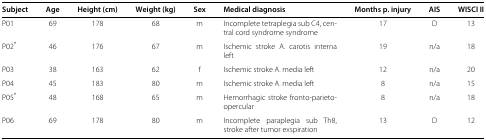
| Subject | Age | Height (cm) | Weight (kg) | Sex | Medical diagnosis | Months p. injury | AIS | WISCI II |
 | --- | --- | --- | --- | --- | --- | --- | --- | --- |
 | P01 | 69 | 178 | 68 | m | Incomplete tetraplegia sub C4, central cord syndrome syndrome | 17 | D | 13 |
 | P02* | 46 | 176 | 67 | m | Ischemic stroke A. carotis interna left | 19 | n/a | 18 |
 | P03 | 38 | 163 | 62 | f | Ischemic stroke A. media left | 12 | n/a | 20 |
 | P04 | 45 | 183 | 80 | m | Ischemic stroke A. media left | 8 | n/a | 15 |
 | P05* | 48 | 168 | 65 | m | Hemorrhagic stroke fronto-parieto-opercular | 8 | n/a | 18 |
 | P06 | 69 | 178 | 80 | m | Incomplete paraplegia sub Th8, stroke after tumor exspiration | 13 | D | 12 |